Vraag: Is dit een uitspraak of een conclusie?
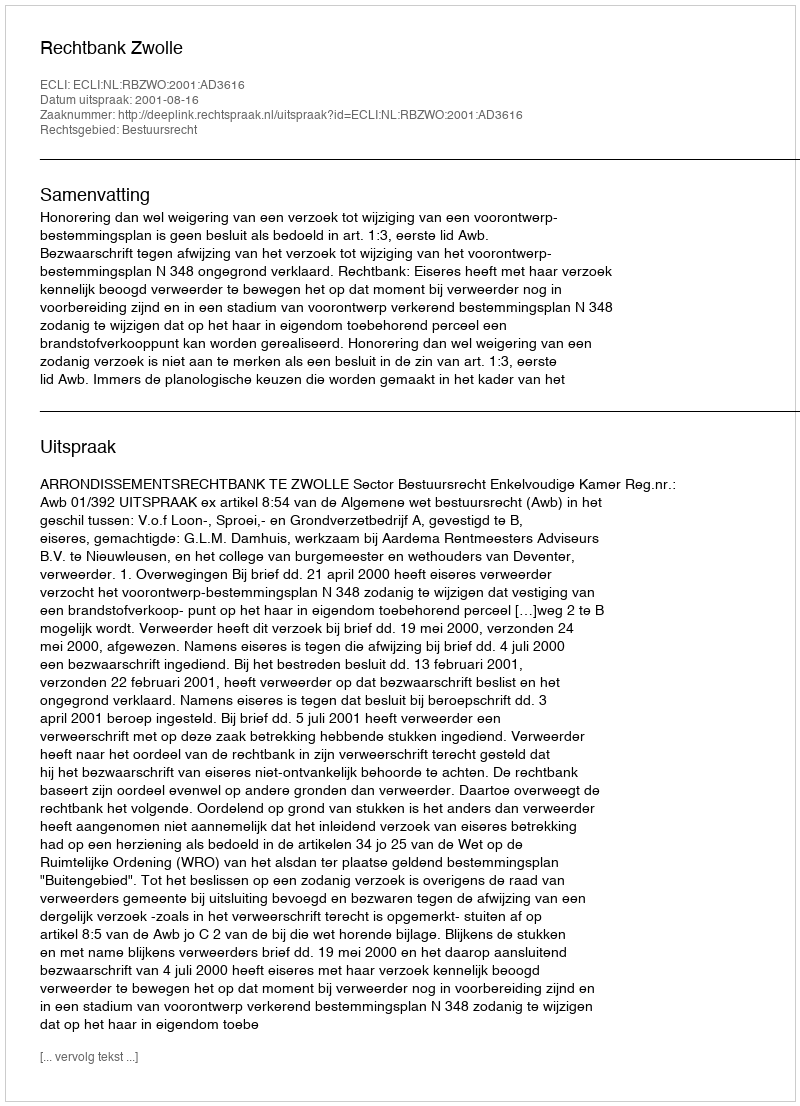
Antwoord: Uitspraak